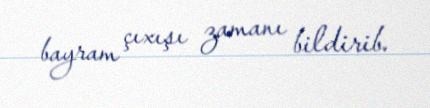
bayram çıxışı zamanı bildirib.